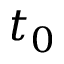
t _ { 0 }